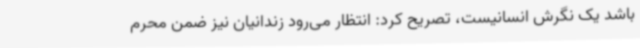
باشد یک نگرش انسانیست، تصریح کرد: انتظار می‌رود زندانیان نیز ضمن محرم